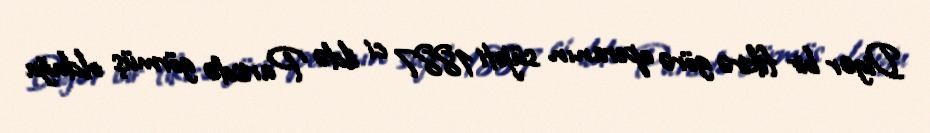
Digər bir fikirə görə operanın süjeti 1887 ci ildə Parisdə görmüş olduğu